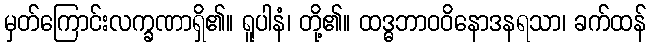
မှတ်ကြောင်းလက္ခဏာရှိ၏။ ရူပါနံ၊ တို့၏။ ထဒ္ဓဘာဝဝိနောဒနရသာ၊ ခက်ထန်